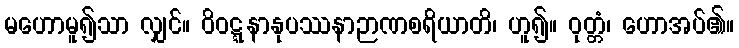
မဟောမူ၍သာ လျှင်။ ဝိဝဋ္ဋနာနုပဿနာဉာဏစရိယာတိ၊ ဟူ၍။ ဝုတ္တံ၊ ဟောအပ်၏။